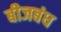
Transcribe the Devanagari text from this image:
बीजबंध